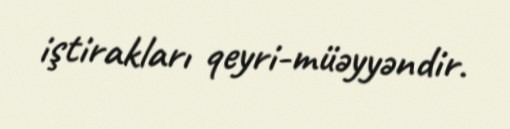
iştirakları qeyri-müəyyəndir.